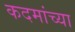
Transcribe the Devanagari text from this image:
कदमांच्या